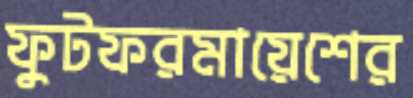
ফুটফরমায়েশের